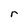
Character: r